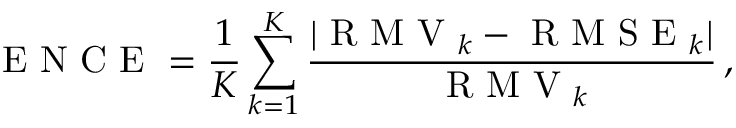
\mathrm { ~ E ~ N ~ C ~ E ~ } = \frac { 1 } { K } \sum _ { k = 1 } ^ { K } \frac { | \mathrm { ~ R ~ M ~ V ~ } _ { k } - \mathrm { ~ R ~ M ~ S ~ E ~ } _ { k } | } { \mathrm { ~ R ~ M ~ V ~ } _ { k } } \, ,